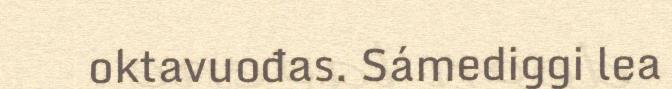
oktavuođas. Sámediggi lea